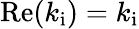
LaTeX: \mathrm{Re}(k_{\mathrm{i}})=k_{\mathrm{i}}